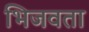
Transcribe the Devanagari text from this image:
भिजवता